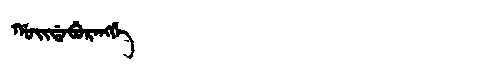
Manchu: ᡤᠣᡳᡩᠠᠪᡠᡵᠠᠩᡤᡝ
Romanization: GOIDABURANGGE